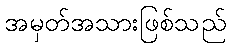
အမှတ်အသားဖြစ်သည်